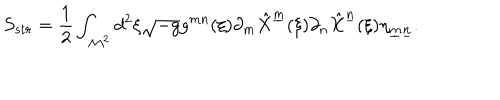
LaTeX: S _ { s t r } = { \frac { 1 } { 2 } } \int _ { { \cal M } ^ { 2 } } d ^ { 2 } \xi \sqrt { - g } g ^ { m n } ( \xi ) \partial _ { m } \hat { X } ^ { \underline { { { m } } } } ( \xi ) \partial _ { n } \hat { X } ^ { \underline { { { n } } } } ( \xi ) \eta _ { \underline { { { m } } } \underline { { { n } } } } .